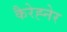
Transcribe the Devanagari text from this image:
कैरेह्नेर